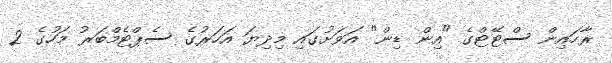
ރާހައިން ސްޓޭޓްގެ "އިން ޑިން" އަވަށުގައި މިދިޔަ އަހަރުގެ ސެޕްޓެމްބަރު މަހުގެ 2